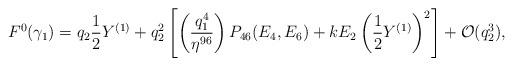
LaTeX: \begin{align*}F^0(\gamma_1) = q_2 \frac{1}{2} Y^{(1)} + q_2^2 \left[\left(\frac{q_1^4}{\eta^{96}}\right)P_{46}(E_4,E_6) + k E_2 \left(\frac{1}{2}Y^{(1)}\right)^2\right] + \mathcal{O}(q_2^3) ,\end{align*}